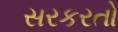
સરકરતો